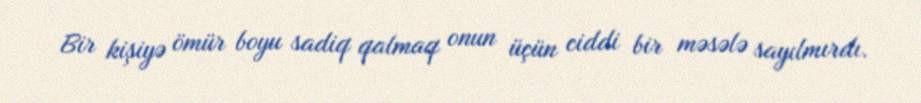
Bir kişiyə ömür boyu sadiq qalmaq onun üçün ciddi bir məsələ sayılmırdı.